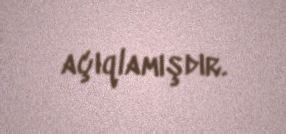
açıqlamışdır.